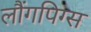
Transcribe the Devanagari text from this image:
लौंगपिग्स